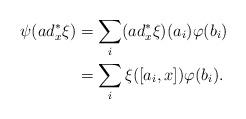
LaTeX: \begin{align*}\psi(ad^\ast_x\xi)&=\sum_i (ad^\ast_x\xi)(a_i)\varphi(b_i)\\&=\sum_i \xi([a_i,x])\varphi(b_i).\end{align*}